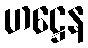
ဟဋ္ဌေန